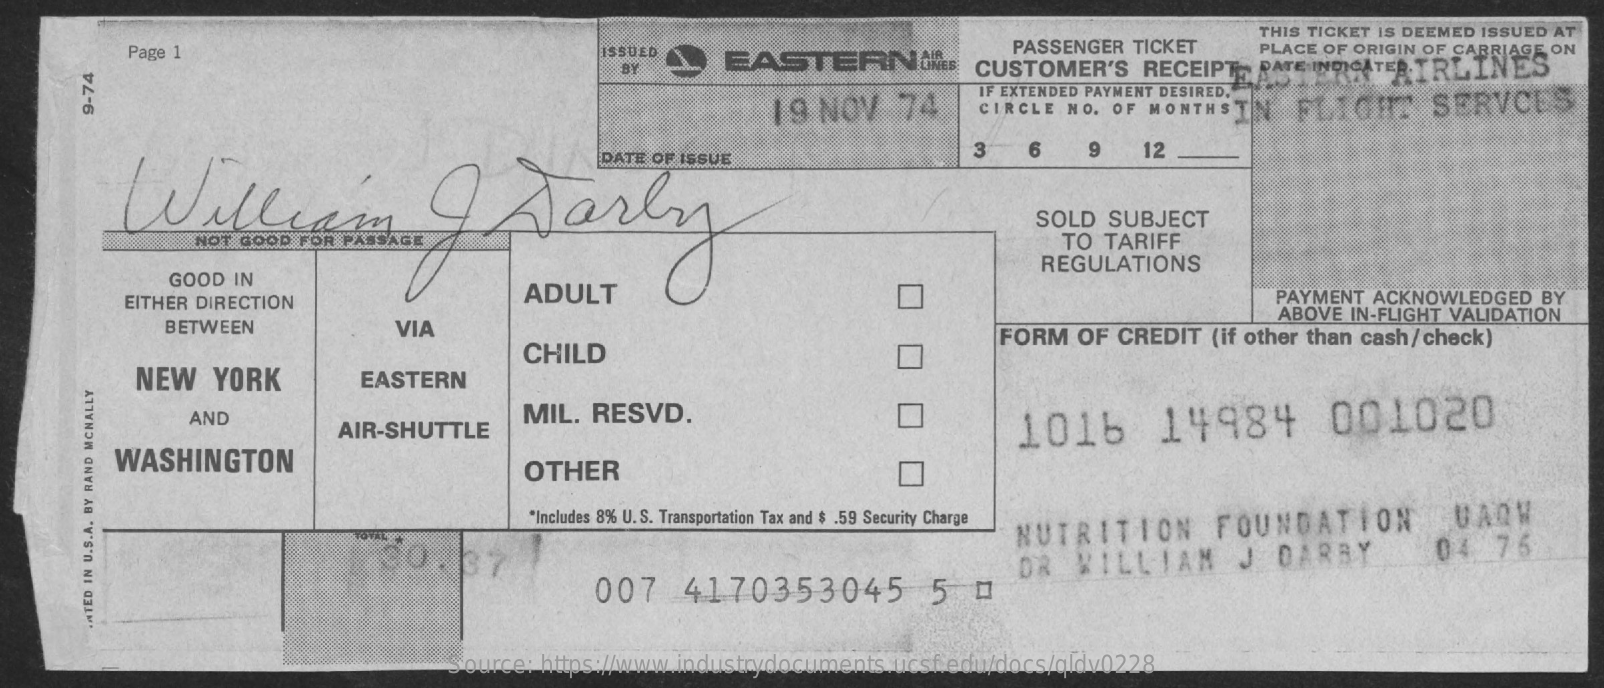
THIS TICKET IS DEEMED ISSUED AT
     Page 1    ISSUED
     BY   L  EASTERNINES
     PASSENGER TICKET    PLACE OF ORIGIN OF CARRIAGE ON
     CUSTOMER'S   RECEIPTS  DATE INDICATER.TRLINES
     19 NOV    74
     IF EXTENDED PAYMENT DESIRED.
     CIRCLE NO. OF MONTHST    SERVCE 9-74
     Williso    parly
     3   6    9    12
     SOLD  SUBJECT
     TO TARIFF
     REGULATIONS
     GOOD  IN
     EITHER DIRECTION
     ADULT    PAYMENT ACKNOWLEDGED  BY
     BETWEEN    VIA
     ABOVE IN-FLIGHT VALIDATION
     NEW   YORK
     CHILD
     FORM  OF CREDIT  (if other than cash/ check)
     EASTERN
     AND
     AIR-SHUTTLE
     MIL. RESVD.
     1016    14984    001020
     WASHINGTON    OTHER
     "Includes 8% U. S. Transportation Tax and $ .59 Security Charge
     NUTRITION    FOUNDATION    UAQW
     DR   WILLIAM    J  DARBY    04   76
     007    4170353045    5  0
     INTED
     IN
     U.S.A.
     BY
     RAND
     MCNALLY
     Source: https://www.industrydocuments.ucsf.edu/docs/qldv0228